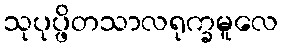
သုပုပ္ဖိတသာလရုက္ခမူလေ